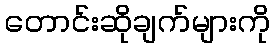
တောင်းဆိုချက်များကို